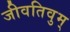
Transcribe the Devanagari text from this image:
जीवतिवुम्